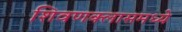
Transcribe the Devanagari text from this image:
शिवणक्लासमध्ये